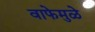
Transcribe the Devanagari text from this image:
वाफेमुळे